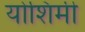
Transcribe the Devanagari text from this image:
योशिमी